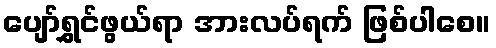
ပျော်ရွှင်ဖွယ်ရာ အားလပ်ရက် ဖြစ်ပါစေ။